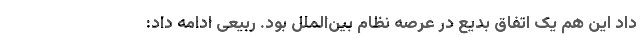
داد این هم یک اتفاق بدیع در عرصه نظام بین‌الملل بود. ربیعی ادامه داد: